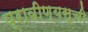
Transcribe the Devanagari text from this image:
प्रावीण्यसूची